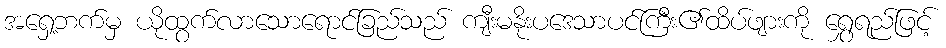
အရှေ့ဘက်မှ ယိုထွက်လာသောရောင်ခြည်သည် ကျီးမနိုးပဒေသာပင်ကြီး၏ထိပ်ဖျားကို ရွှေရည်ဖြင့်